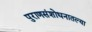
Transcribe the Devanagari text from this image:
पुराणसंशोधनातल्या